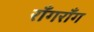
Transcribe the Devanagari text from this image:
राँगराँग